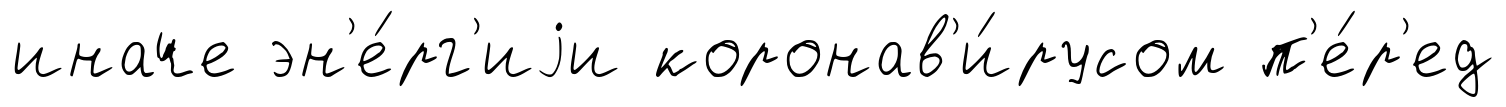
иначе эн'е́рг'иjи коронав'и́русом п'е́р'ед